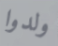
ولدوا